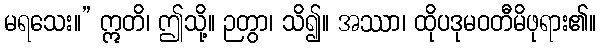
မရသေး။” ဣတိ၊ ဤသို့။ ဉတွာ၊ သိ၍။ အဿာ၊ ထိုပဒုမဝတီမိဖုရား၏။